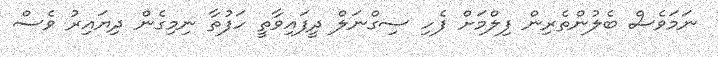
ނަމަވެސް ބެލުންތެރިން ފިލްމަށް ފެހި ސިގްނަލް ދީފައިވާތީ ހަފުތާ ނިމިގެން ދިޔައިރު ވެސް